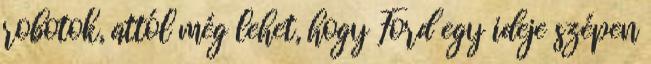
robotok, attól még lehet, hogy Ford egy ideje szépen